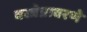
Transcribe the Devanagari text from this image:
वस्त्रेप्रावरणे